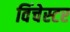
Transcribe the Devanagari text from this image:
विंचेस्‍टर